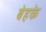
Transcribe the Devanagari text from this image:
बेहके